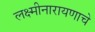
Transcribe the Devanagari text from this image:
लक्ष्मीनारायणाचे